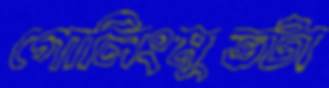
গোলিংমুভটা